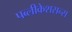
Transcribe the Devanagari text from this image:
पब्लीकेशसन्स